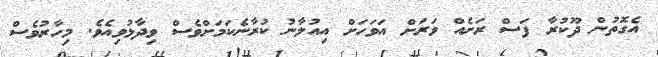
އެގޮތުން ދޫކުރާ ފަސް ރަށެއް ވަރަށް އަވަހަށް އިއުލާނު ކުރާނެކަމަށްވެސް ވިދާޅުވިއެވެ. މިހާރުވެސް